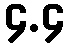
၄.၄